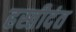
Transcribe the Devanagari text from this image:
हस्तीदंत